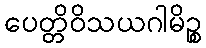
ပေတ္တိဝိသယဂါမိဉ္စ